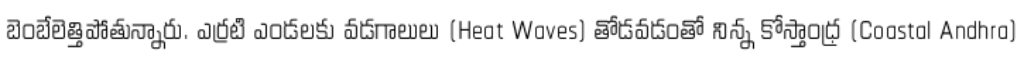
బెంబేలెత్తిపోతున్నారు. ఎర్రటి ఎండలకు వడగాలులు (Heat Waves) తోడవడంతో నిన్న కోస్తాంధ్ర (Coastal Andhra)